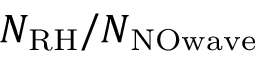
N _ { \mathrm { R H } } / N _ { \mathrm { N O w a v e } }